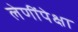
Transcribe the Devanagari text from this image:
लेणींपेक्षा